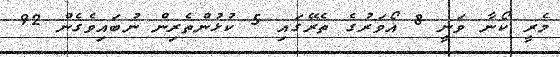
މެރީ ކޯނާ ވަނީ 8 އޯވަރުގެ ތެރޭގައި 5 ކުޅުންތެރިން ނުބައިވެގެން 92